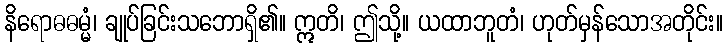
နိရောဓဓမ္မံ၊ ချုပ်ခြင်းသဘောရှိ၏။ ဣတိ၊ ဤသို့။ ယထာဘူတံ၊ ဟုတ်မှန်သောအတိုင်း။